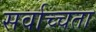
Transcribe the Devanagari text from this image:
सर्वाच्चता